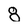
Character: 8